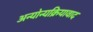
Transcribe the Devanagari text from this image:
अन्योन्यक्रियावाद